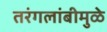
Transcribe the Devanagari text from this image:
तरंगलांबीमुळे